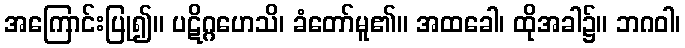
အကြောင်းပြု၍။ ပဋိဂ္ဂဟေသိ၊ ခံတော်မူ၏။ အထခေါ၊ ထိုအခါ၌။ ဘဂဝါ၊